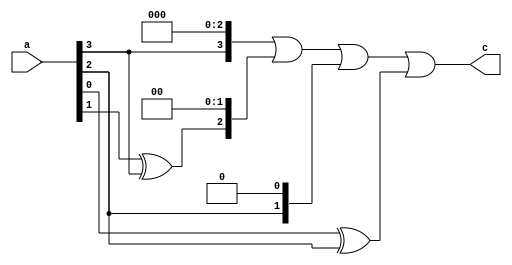
module sqr(a, c);
  input  [3:0] a;
  output [3:0] c;

  wire c0, c1, c2, c3;

  assign c0 = a[0] ^ a[2];
  assign c1 = a[2];
  assign c2 = a[1] ^ a[3];
  assign c3 = a[3];

  assign c = (c3 << 3) | (c2 << 2) | (c1 << 1) | c0;

endmodule